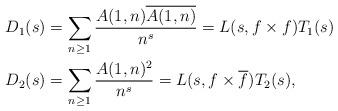
LaTeX: \begin{align*} D_1(s) &= \sum_{n \geq 1} \frac{A(1,n)\overline{A(1,n)}}{n^s} = L(s,f \times f) T_1(s) \\ D_2(s) &= \sum_{n \geq 1} \frac{A(1,n)^2}{n^s} = L(s, f \times \overline{f}) T_2(s), \end{align*}